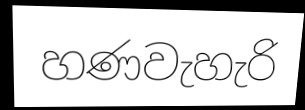
හණවැහැරි